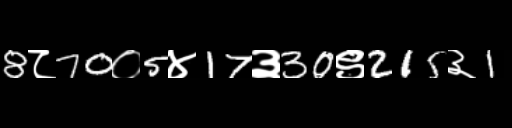
Text: 8८70०5४17३30९215३1